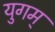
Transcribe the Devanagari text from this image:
युगम्